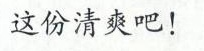
这份清爽吧！